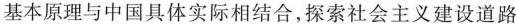
基本原理与中国具体实际相结合，探索社会主义建设道路